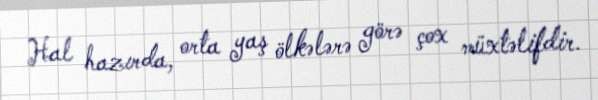
Hal hazırda, orta yaş ölkələrə görə çox müxtəlifdir.